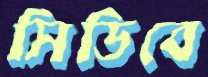
সিডিবে